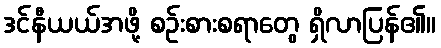
ဒင်နီယယ်အဖို့ စဉ်းစားစရာတွေ ရှိလာပြန်၏။